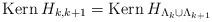
LaTeX: \begin{align*}\textnormal{Kern}\:H_{k,k+1}=\textnormal{Kern}\:H_{\Lambda_k\cup\Lambda_{k+1}}\end{align*}